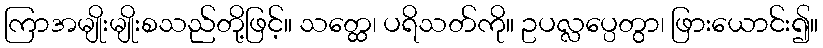
ကြာအမျိုးမျိုးစသည်တို့ဖြင့်။ သတ္ထေ၊ ပရိသတ်ကို။ ဥပလ္လပ္ပေတွာ၊ ဖြားယောင်း၍။